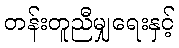
တန်းတူညီမျှရေးနှင့်